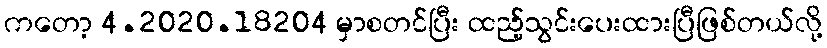
ကတော့ 4.2020.18204 မှာစတင်ပြီး ထည့်သွင်းပေးထားပြီဖြစ်တယ်လို့